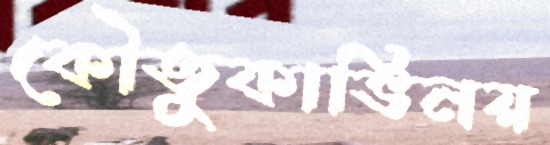
কৌতুকাভিনয়